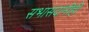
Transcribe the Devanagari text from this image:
सभासदांनीही